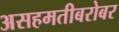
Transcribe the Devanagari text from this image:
असहमतीबरोबर